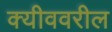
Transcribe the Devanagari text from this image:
क्यीववरील